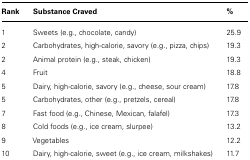
<table><thead><tr><td><b>Rank</b></td><td><b>Substance Craved</b></td><td><b>%</b></td></tr></thead><tbody><tr><td>1</td><td>Sweets (e.g., chocolate, candy)</td><td>25.9</td></tr><tr><td>2</td><td>Carbohydrates, high-calorie, savory (e.g., pizza, chips)</td><td>19.3</td></tr><tr><td>2</td><td>Animal protein (e.g., steak, chicken)</td><td>19.3</td></tr><tr><td>4</td><td>Fruit</td><td>18.8</td></tr><tr><td>5</td><td>Dairy, high-calorie, savory (e.g., cheese, sour cream)</td><td>17.8</td></tr><tr><td>5</td><td>Carbohydrates, other (e.g., pretzels, cereal)</td><td>17.8</td></tr><tr><td>7</td><td>Fast food (e.g., Chinese, Mexican, falafel)</td><td>17.3</td></tr><tr><td>8</td><td>Cold foods (e.g., ice cream, slurpee)</td><td>13.2</td></tr><tr><td>9</td><td>Vegetables</td><td>12.2</td></tr><tr><td>10</td><td>Dairy, high-calorie, sweet (e.g., ice cream, milkshakes)</td><td>11.7</td></tr></tbody></table>